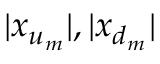
| x _ { u _ { m } } | , | x _ { d _ { m } } |